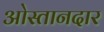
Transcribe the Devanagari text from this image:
ओस्तानदार